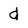
Character: d